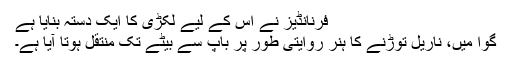
فرنانڈیز نے اس کے لیے لکڑی کا ایک دستہ بنایا ہے
گوا میں، ناریل توڑنے کا ہنر روایتی طور پر باپ سے بیٹے تک منتقل ہوتا آیا ہے۔